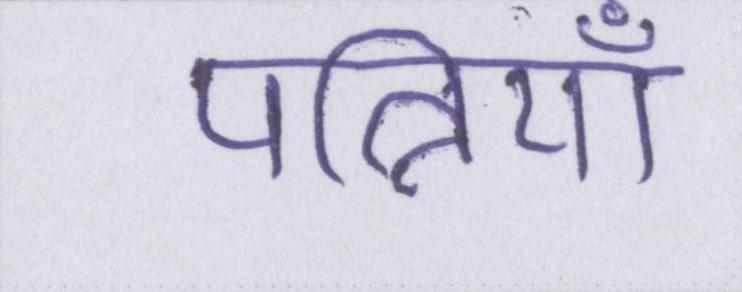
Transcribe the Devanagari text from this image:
पत्नियाँ